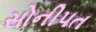
સોનીપત